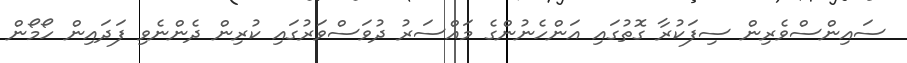
ސައިންސްވެރިން ސިފަކުރާ ގޮތުގައި އަންހެނުންގެ މައްސަރު ދުވަސްވަރުގައި ކުރިން ދެންނެވި ފަދައިން ހޯމޯން